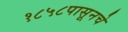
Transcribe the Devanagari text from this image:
१८५८पासूनचे